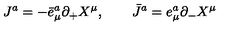
J ^ { a } = - \bar { e } _ { \mu } ^ { a } \partial _ { + } X ^ { \mu } , \qquad \bar { J } ^ { a } = e _ { \mu } ^ { a } \partial _ { - } X ^ { \mu }